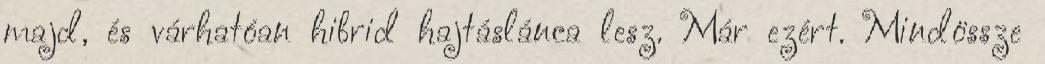
majd, és várhatóan hibrid hajtáslánca lesz. Már ezért. Mindössze